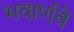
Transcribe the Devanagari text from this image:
भवार्णवे